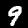
Label: 9